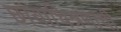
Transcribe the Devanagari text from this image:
छायाचित्रणाची